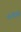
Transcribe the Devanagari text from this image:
५२७३